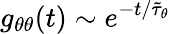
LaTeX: g_{\theta\theta}(t)\sim e^{-t/\tilde{\tau}_{\theta}}